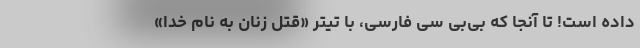
داده است! تا آنجا که بی‌بی سی فارسی، با تیتر «قتل زنان به نام خدا»